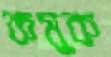
কমুক